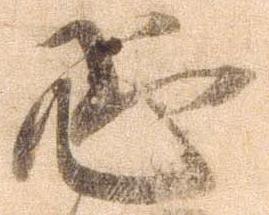
恐